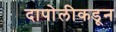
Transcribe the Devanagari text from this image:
दापोलीकडून